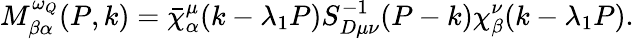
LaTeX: M_{\beta\alpha}^{\omega_{Q}}(P,k)=\bar{\chi}_{\alpha}^{\mu}(k-\lambda_{1}P)S_{D\mu\nu}^{-1}(P-k)\chi_{\beta}^{\nu}(k-\lambda_{1}P).